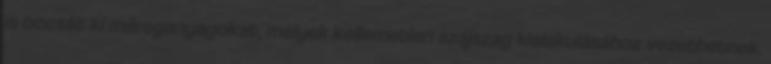
is bocsát ki méreganyagokat, melyek kellemetlen szájszag kialakulásához vezethetnek.